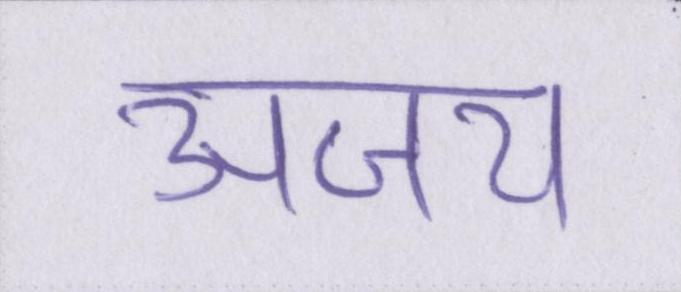
अजय